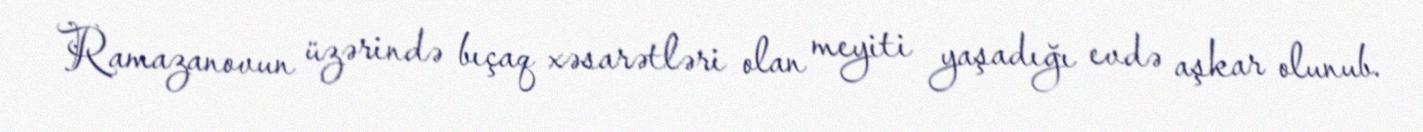
Ramazanovun üzərində bıçaq xəsarətləri olan meyiti yaşadığı evdə aşkar olunub.